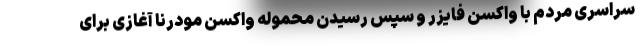
سراسری مردم با واکسن فایزر و سپس رسیدن محموله واکسن مودرنا آغازی برای